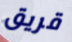
قريق